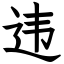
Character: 违